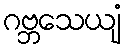
ဂဗ္ဘသေယျံ